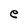
Character: e